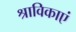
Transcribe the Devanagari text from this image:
श्राविकाएं